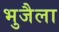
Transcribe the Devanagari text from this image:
भुजैला